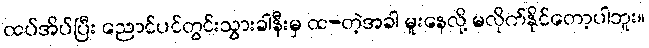
ထပ်အိပ်ပြီး ညောင်ပင်တွင်းသွားခါနီးမှ ထ-တဲ့အခါ မူးနေလို့ မလိုက်နိုင်တော့ပါဘူး။